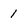
Character: 1